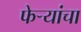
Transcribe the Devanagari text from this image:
फेर्‍यांचा